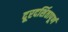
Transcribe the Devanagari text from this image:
दूरदर्शितापूर्ण